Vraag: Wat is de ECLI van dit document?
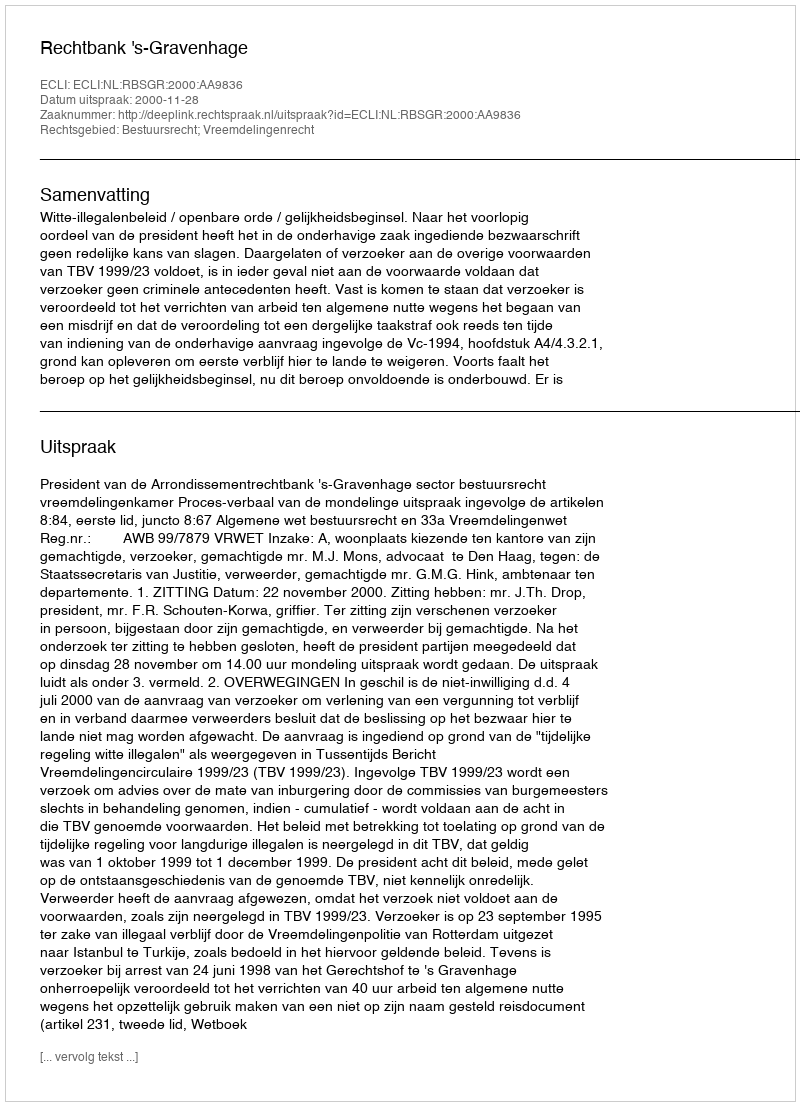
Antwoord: ECLI:NL:RBSGR:2000:AA9836